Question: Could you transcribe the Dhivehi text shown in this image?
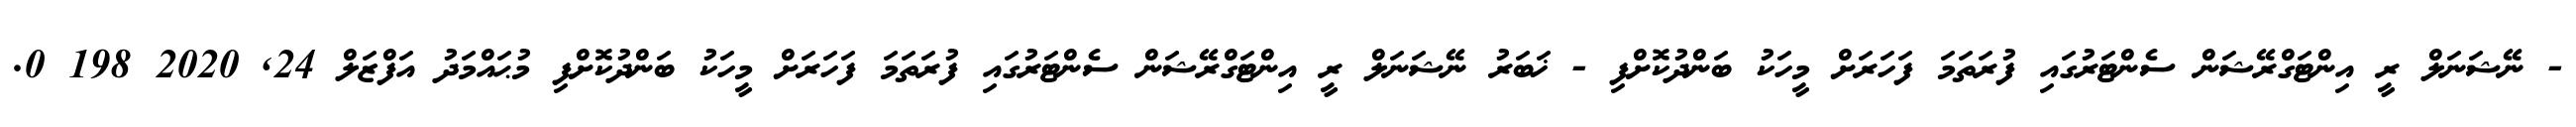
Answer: - ނޭޝަނަލް ރީ އިންޓަގްރޭޝަން ސެންޓަރުގައި ފުރަތަމަ ފަހަރަށް މީހަކު ބަންދުކޮށްފި - ޚަބަރު ނޭޝަނަލް ރީ އިންޓަގްރޭޝަން ސެންޓަރުގައި ފުރަތަމަ ފަހަރަށް މީހަކު ބަންދުކޮށްފި މުޙައްމަދު އަފްޒަލް 24, 2020 198 0.